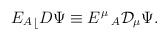
\begin{align*}{{E_{A}}_\lfloor}D\Psi \equiv E^{\mu}\,_{A}{\cal D}_{\mu}\Psi .\end{align*}